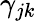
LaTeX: \gamma_{jk}